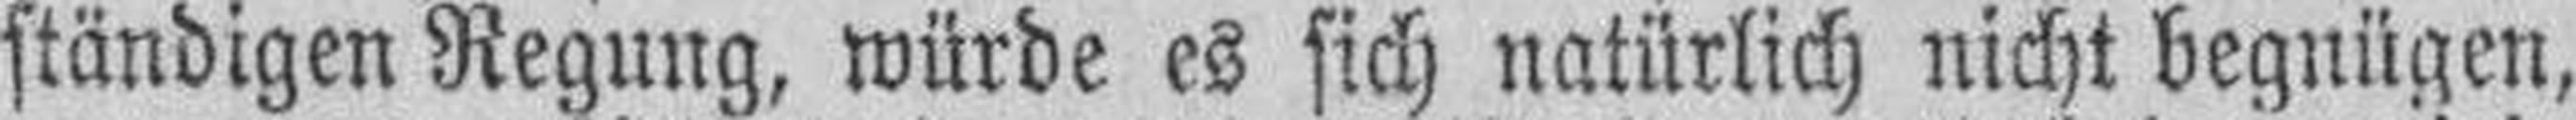
ständigen Regung, würde es sich natürlich nicht begnügen,